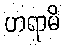
ဟရာမိ